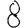
Digit: 8